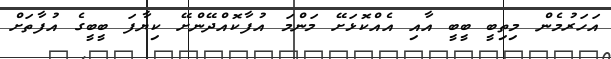
އަހަރުމެން މިތިބީ ބީބީ އާއި އެއްކޮޅަށޭ މަންމަ އުފާކޮއްދޭންށޭ ކިޔާފަ ބީބީގެ އުފާތަށް